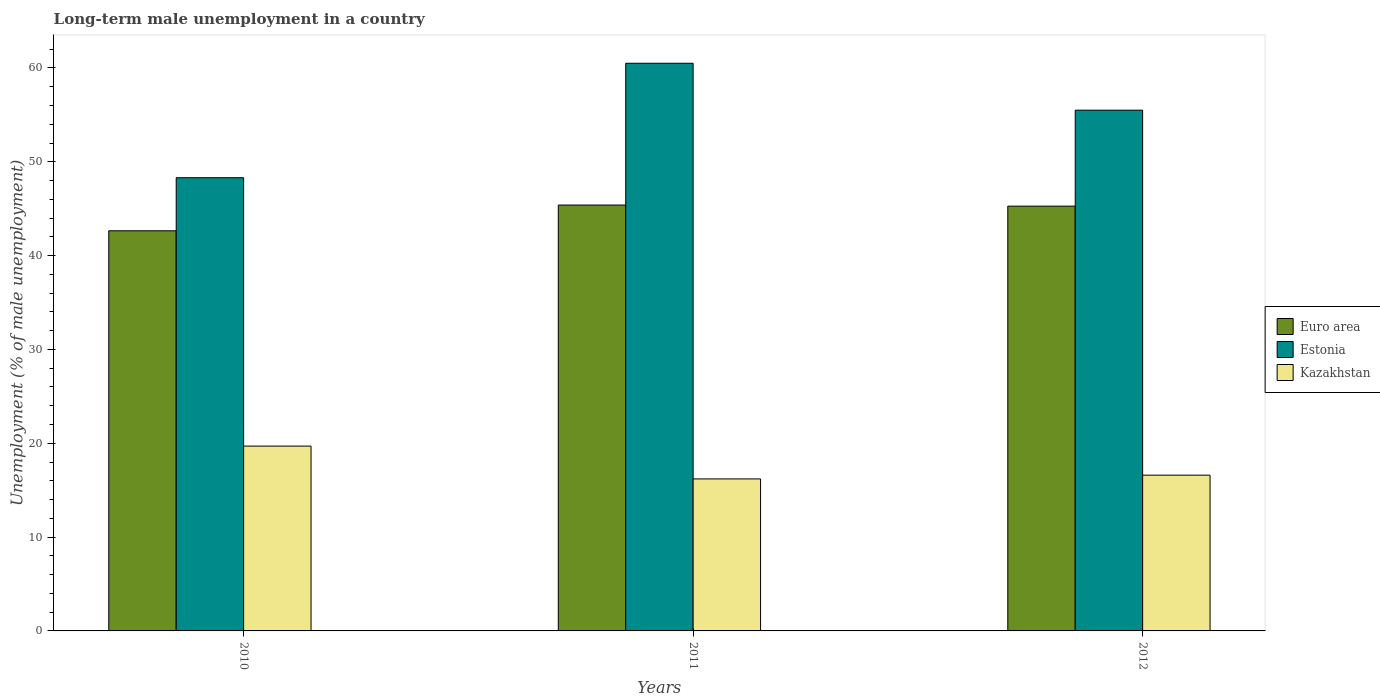
| Years | Euro area | Estonia | Kazakhstan |
 | --- | --- | --- | --- |
 | 2010 | 42.6 | 48.3 | 19.7 |
 | 2011 | 45.4 | 60.5 | 16.2 |
 | 2012 | 45.3 | 55.5 | 16.6 |